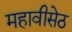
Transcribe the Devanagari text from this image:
महावीसेठ